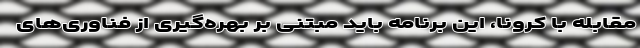
مقابله با کرونا، این برنامه باید مبتنی بر بهره‌گیری از فناوری‌های